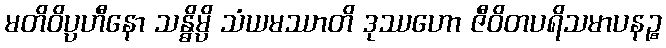
မတိဝိပ္ပဟီနော သန္ဓိမ္ပိ သံယမဿာတိ ဒုဿဟော ဇီဝိတပရိသမာပနဉ္စ